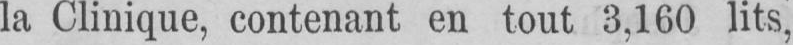
la Clinique, contenant en tout 3,160 lits,